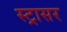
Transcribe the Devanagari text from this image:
स्ट्रासर